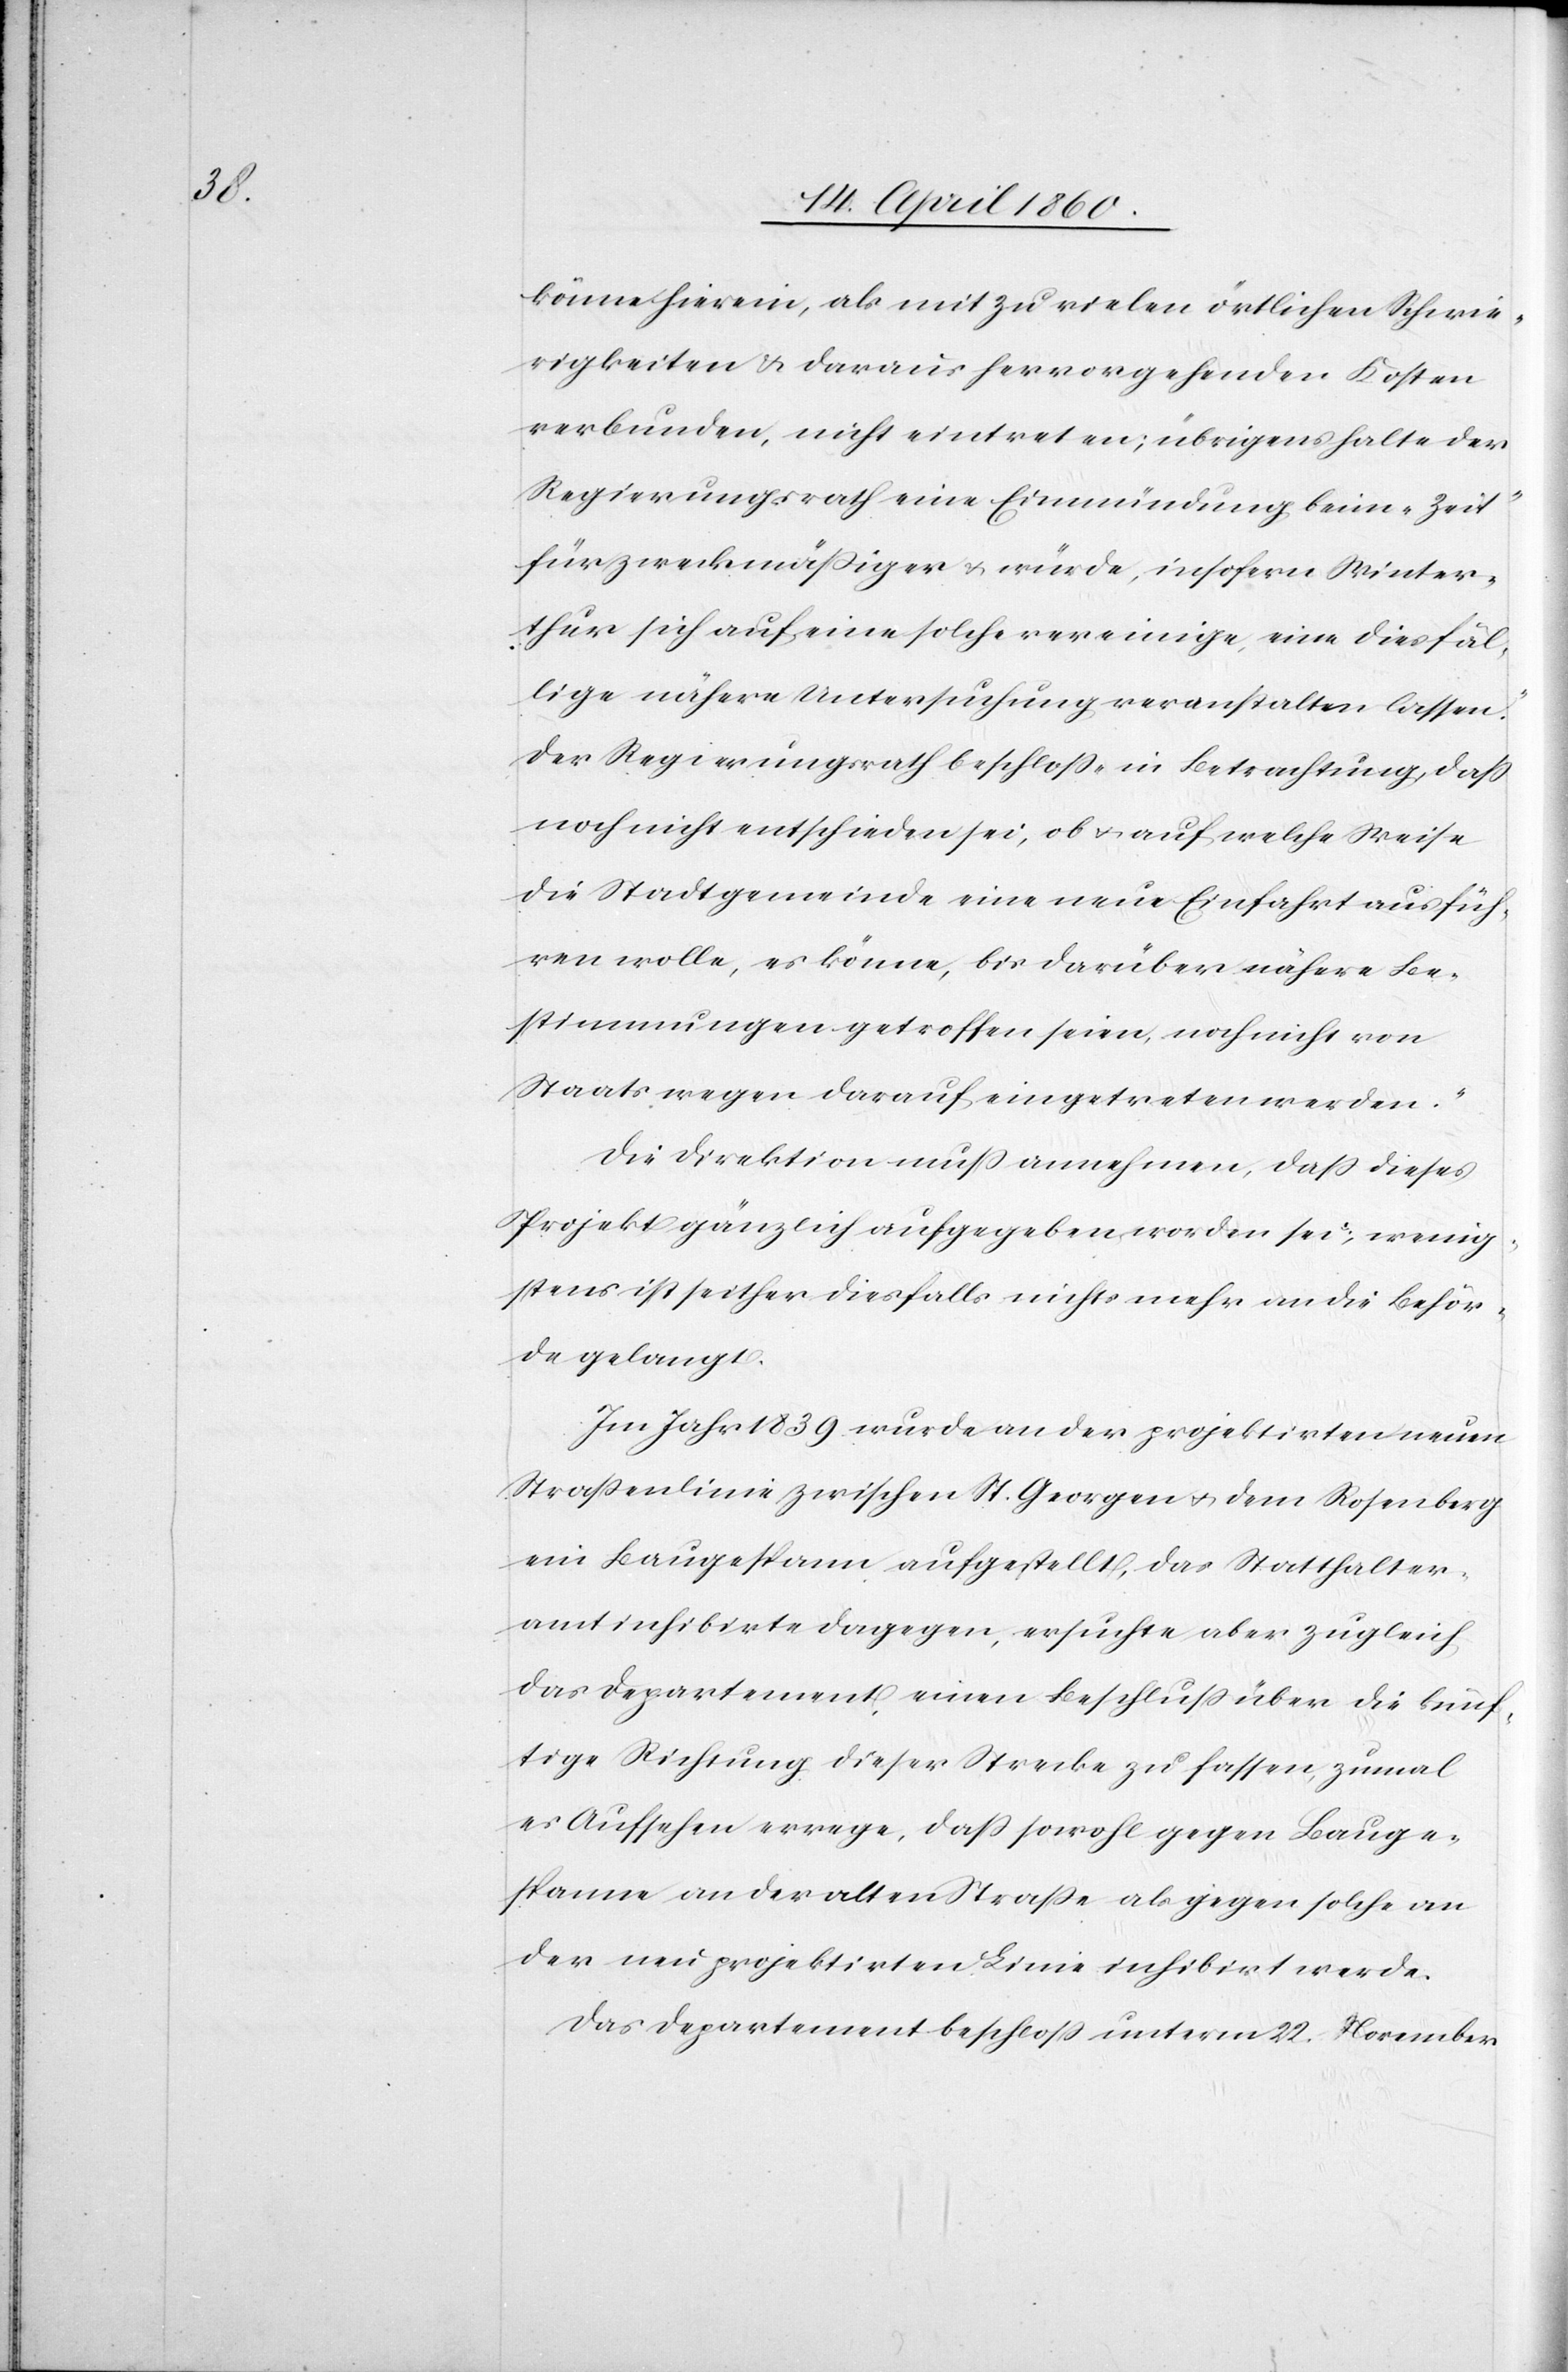
könne hierein, als mit zu vielen örtlichen Schwie¬
rigkeiten u. daraus hervorgehenden Kosten
verbunden, nicht eintreten; übrigens halte der
Regierungsrath eine Einmündung beim „Zeit“
für zweckmässiger u. würde, insofern Winter¬
thur sich auf eine solche vereinige, eine diesfäl¬
lige nähere Untersuchung veranstalten lassen.“
Der Regierungsrath beschloss „in Betrachtung, dass
noch nicht entschieden sei, ob u. auf welche Weise
die Stadtgemeinde eine neue Einfahrt ausfüh¬
ren wolle, es könne, bis darüber nähere Be¬
stimmungen getroffen seien, noch nicht von
Staatswegen darauf eingetreten werden.“
Die Direktion muss annehmen, dass dieses
Projekt gänzlich aufgegeben worden sei, wenig¬
stens ist seither diesfalls nichts mehr an die Behör¬
den gelangt.
Im Jahr 1839 wurde an der projektirten neuen
Strassenlinie zwischen St. Georgen u. dem Rosenberg
ein Baugespann aufgestellt, das Statthalter¬
amt inhibirte dagegen, ersuche aber zugleich
das Departement einen Beschluss über die künf¬
tige Richtung dieser Strecke zu fassen, zumal
es Aufsehen errege, dass sowohl gegen Bauge¬
spanne an der alten Strasse als gegen solche an
der neu projektirten Linie inhibirt werde.
Das Departement beschloss unterm 22. November